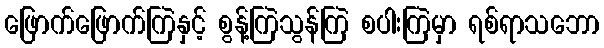
ဖြောက်ဖြောက်ကြဲနှင့် စွန့်ကြဲသွန်ကြဲ စပါးကြဲမှာ ရစ်ရာသဘော